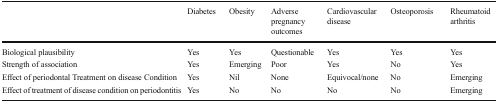
<table><thead><tr><td></td><td><b>Diabetes</b></td><td><b>Obesity</b></td><td><b>Adverse pregnancy outcomes</b></td><td><b>Cardiovascular disease</b></td><td><b>Osteoporosis</b></td><td><b>Rheumatoid arthritis</b></td></tr></thead><tbody><tr><td>Biological plausibility</td><td>Yes</td><td>Yes</td><td>Questionable</td><td>Yes</td><td>Yes</td><td>Yes</td></tr><tr><td>Strength of association</td><td>Yes</td><td>Emerging</td><td>Poor</td><td>Yes</td><td>No</td><td>Yes</td></tr><tr><td>Effect of periodontal Treatment on disease Condition</td><td>Yes</td><td>Nil</td><td>None</td><td>Equivocal/none</td><td>No</td><td>Emerging</td></tr><tr><td>Effect of treatment of disease condition on periodontitis</td><td>Yes</td><td>No</td><td>No</td><td>No</td><td>No</td><td>Emerging</td></tr></tbody></table>